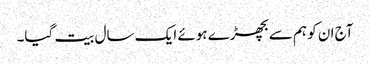
آج ان کو ہم سے بچھڑے ہوئے ایک سال بیت گیا۔